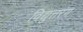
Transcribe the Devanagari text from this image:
विद्युत्तरंग